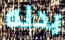
بدله